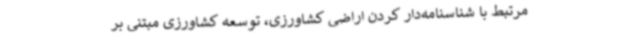
مرتبط با شناسنامه‌دار کردن اراضی کشاورزی، توسعه کشاورزی مبتنی بر